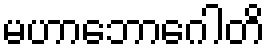
မဟာဘောဂေါတိ